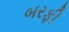
બરફી